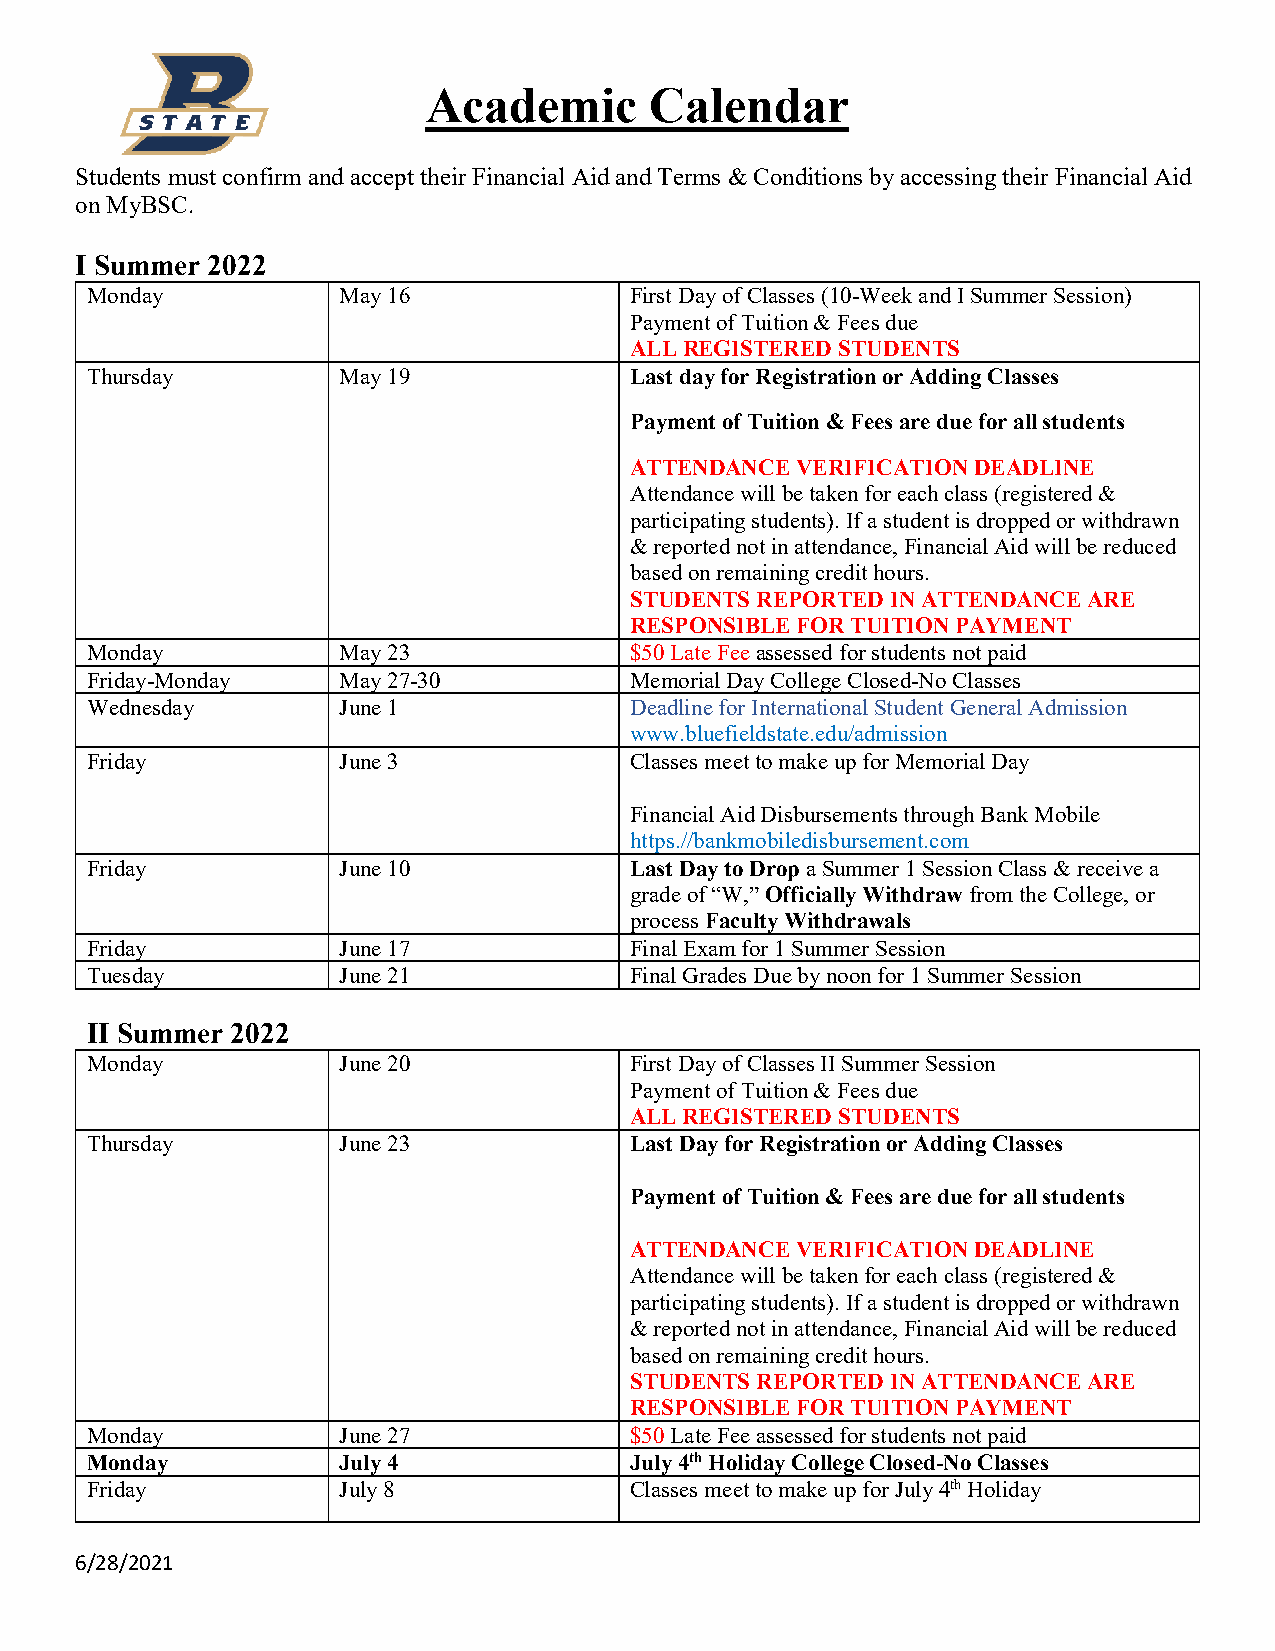
Academic       Calendar
 Students must confirm and accept their Financial Aid and Terms & Conditions by accessing their Financial Aid
 on MyBSC.
 I Summer 2022
 Monday          May 16              First Day of Classes (10-Week and I Summer Session)
 Payment of Tuition & Fees due
 ALL REGISTERED STUDENTS
 Thursday        May 19              Last day for Registration or Adding Classes
 Payment of Tuition & Fees are due for all students
 ATTENDANCE VERIFICATION DEADLINE
 Attendance will be taken for each class (registered &
 participating students). If a student is dropped or withdrawn
 & reported not in attendance, Financial Aid will be reduced
 based on remaining credit hours.
 STUDENTS REPORTED IN ATTENDANCE ARE
 RESPONSIBLE FOR TUITION PAYMENT
 Monday          May 23              $50 Late Fee assessed for students not paid
 Friday-Monday   May 27-30           Memorial Day College Closed-No Classes
 Wednesday       June 1              Deadline for International Student General Admission
 www.bluefieldstate.edu/admission
 Friday          June 3              Classes meet to make up for Memorial Day
 Financial Aid Disbursements through Bank Mobile
 https.//bankmobiledisbursement.com
 Friday          June 10             Last Day to Drop a Summer 1 Session Class & receive a
 grade of “W,” Officially Withdraw from the College, or
 process Faculty Withdrawals
 Friday          June 17             Final Exam for 1 Summer Session
 Tuesday         June 21             Final Grades Due by noon for 1 Summer Session
 II Summer 2022
 Monday          June 20             First Day of Classes II Summer Session
 Payment of Tuition & Fees due
 ALL REGISTERED STUDENTS
 Thursday        June 23             Last Day for Registration or Adding Classes
 Payment of Tuition & Fees are due for all students
 ATTENDANCE VERIFICATION DEADLINE
 Attendance will be taken for each class (registered &
 participating students). If a student is dropped or withdrawn
 & reported not in attendance, Financial Aid will be reduced
 based on remaining credit hours.
 STUDENTS REPORTED IN ATTENDANCE ARE
 RESPONSIBLE FOR TUITION PAYMENT
 Monday          June 27             $50 Late Fee assessed for students not paid
 Monday          July 4              July 4th Holiday College Closed-No Classes
 Friday          July 8              Classes meet to make up for July 4th Holiday
 6/28/2021